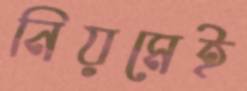
নিয়মেই